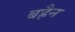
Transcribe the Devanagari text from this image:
बह्रैन